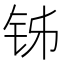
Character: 𬬳